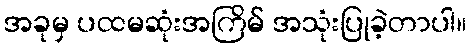
အခုမှ ပထမဆုံးအကြိမ် အသုံးပြုခဲ့တာပါ။